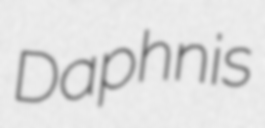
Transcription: Daphnis